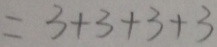
= 3 + 3 + 3 + 3